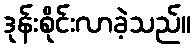
ဒုန်းစိုင်းလာခဲ့သည်။